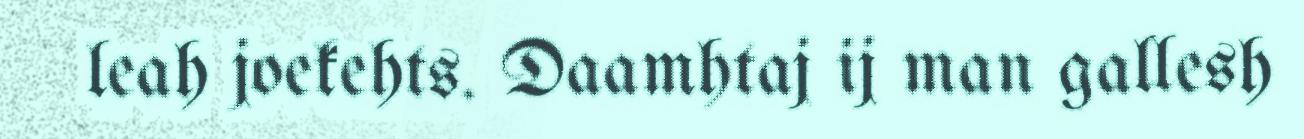
leah joekehts. Daamhtaj ij man gallesh